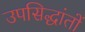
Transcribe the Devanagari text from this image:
उपसिद्धांतों